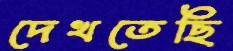
দেখতেছি